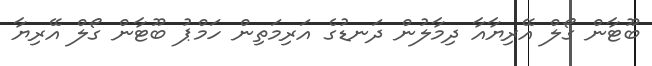
ބޫޓާން ގޯލް އޭރިޔާއާ ދިމާލުން ދަނޑުގެ އަރިމަތިން ހަމްޕު ބޫޓާން ގޯލް އޭރިޔާ